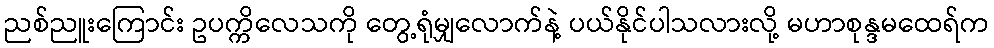
ညစ်ညူးကြောင်း ဥပက္ကိလေသကို တွေ့ရုံမျှလောက်နဲ့ ပယ်နိုင်ပါသလားလို့ မဟာစုန္ဒမထေရ်က